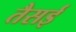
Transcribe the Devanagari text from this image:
तैसई